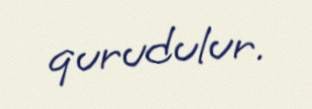
qurudulur.